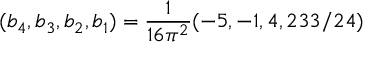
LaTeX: ( b _ { 4 } , b _ { 3 } , b _ { 2 } , b _ { 1 } ) = \frac { 1 } { 1 6 \pi ^ { 2 } } ( - 5 , - 1 , 4 , 2 3 3 / 2 4 )